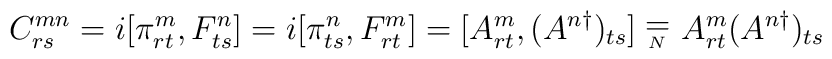
C^{mn}_{rs} = i[\pi^{m}_{rt}, F^{n}_{ts}] = i[\pi^{n}_{ts}, F^{m}_{rt}] = [A^{m}_{rt},(A^{n \dagger})_{ts}]  \stackrel{_{\textstyle =}}{_{_{N}}}A^{m}_{rt}(A^{n \dagger})_{ts}